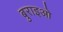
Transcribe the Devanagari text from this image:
बुराइओ